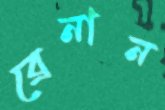
ব্রেনান